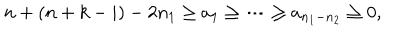
n + ( n + k - i ) - 2 n _ { 1 } \geq a _ { 1 } \geq \cdots \geq a _ { n _ { 1 } - n _ { 2 } } \geq 0 ,